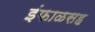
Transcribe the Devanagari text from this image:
इंफाळसह